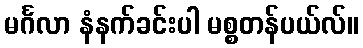
မင်္ဂလာ နံနက်ခင်းပါ မစ္စတန်ပယ်လ်။